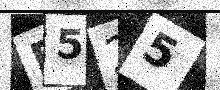
Text: P525